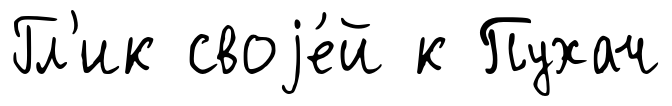
Гл'ик своjе́й к Пухач